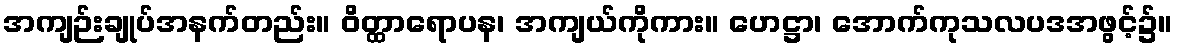
အကျဉ်းချုပ်အနက်တည်း။ ဝိတ္ထာရောပန၊ အကျယ်ကိုကား။ ဟေဋ္ဌာ၊ အောက်ကုသလပဒအဖွင့်၌။